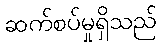
ဆက်စပ်မှုရှိသည်